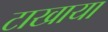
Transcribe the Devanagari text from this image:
टाखाया